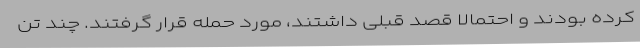
کرده بودند و احتمالا قصد قبلی داشتند، مورد حمله قرار گرفتند. چند تن